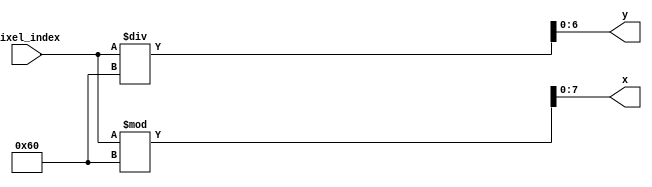
`timescale 1ns / 1ps
//////////////////////////////////////////////////////////////////////////////////
// Company: 
// Engineer: 
// 
// Design Name: 
// Module Name: pixel_index_to_cartesian
// Project Name: 
// Target Devices: 
// Tool Versions: 
// Description: 
// 
// Dependencies: 
// 
// Revision:
// Revision 0.01 - File Created
// Additional Comments:
// 
//////////////////////////////////////////////////////////////////////////////////


module pixel_index_to_cartesian(input [12:0] pixel_index,
                                output [7:0] x, output [6:0] y);

    assign x = pixel_index % 96;
    assign y = pixel_index / 96; 

endmodule